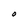
Character: O